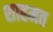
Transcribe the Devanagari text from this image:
शाहमत